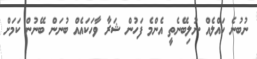
ނުބުނެ ހައްލެއް ނުލިބޭނެތީ އެންމެ ފަހުން ޝަރާ ވާހަކައެއް ބުނަން ބޭނުން ކަމަށް